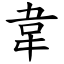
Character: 韋